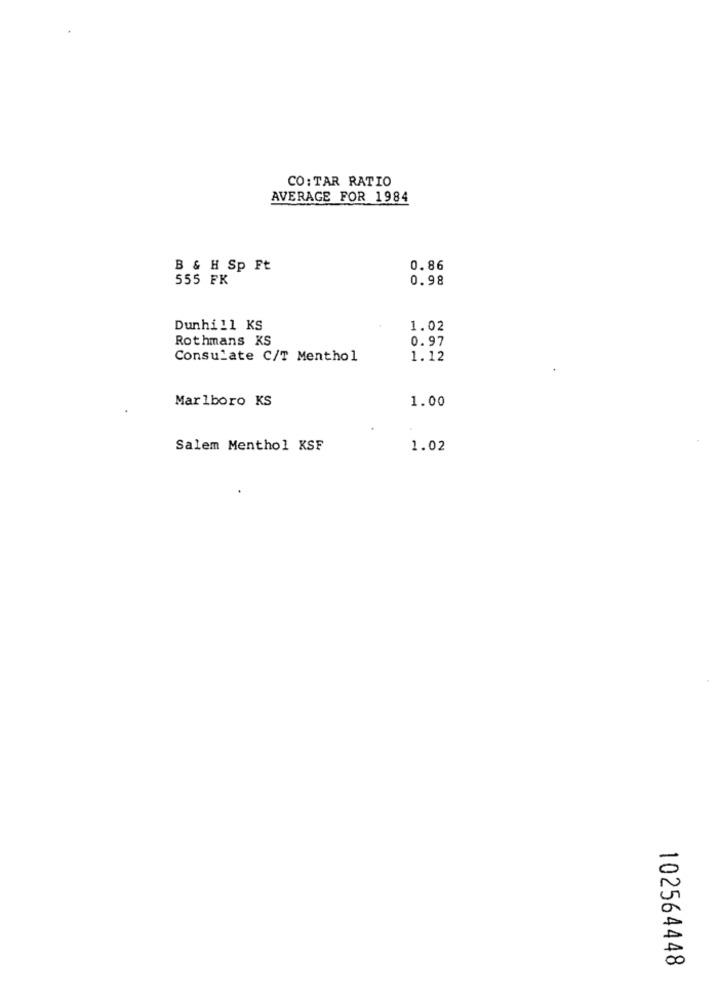
CO: TAR RATIO
AVERAGE FOR 1984
B & H Sp Ft
0.86
555 FK
0.98
Dunhill KS
1.02
Rothmans KS
0.97
Consulate C/T Menthol
1.12
Marlboro KS
1.00
Salem Menthol KSF
1.02
102564448